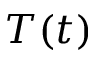
T ( t )